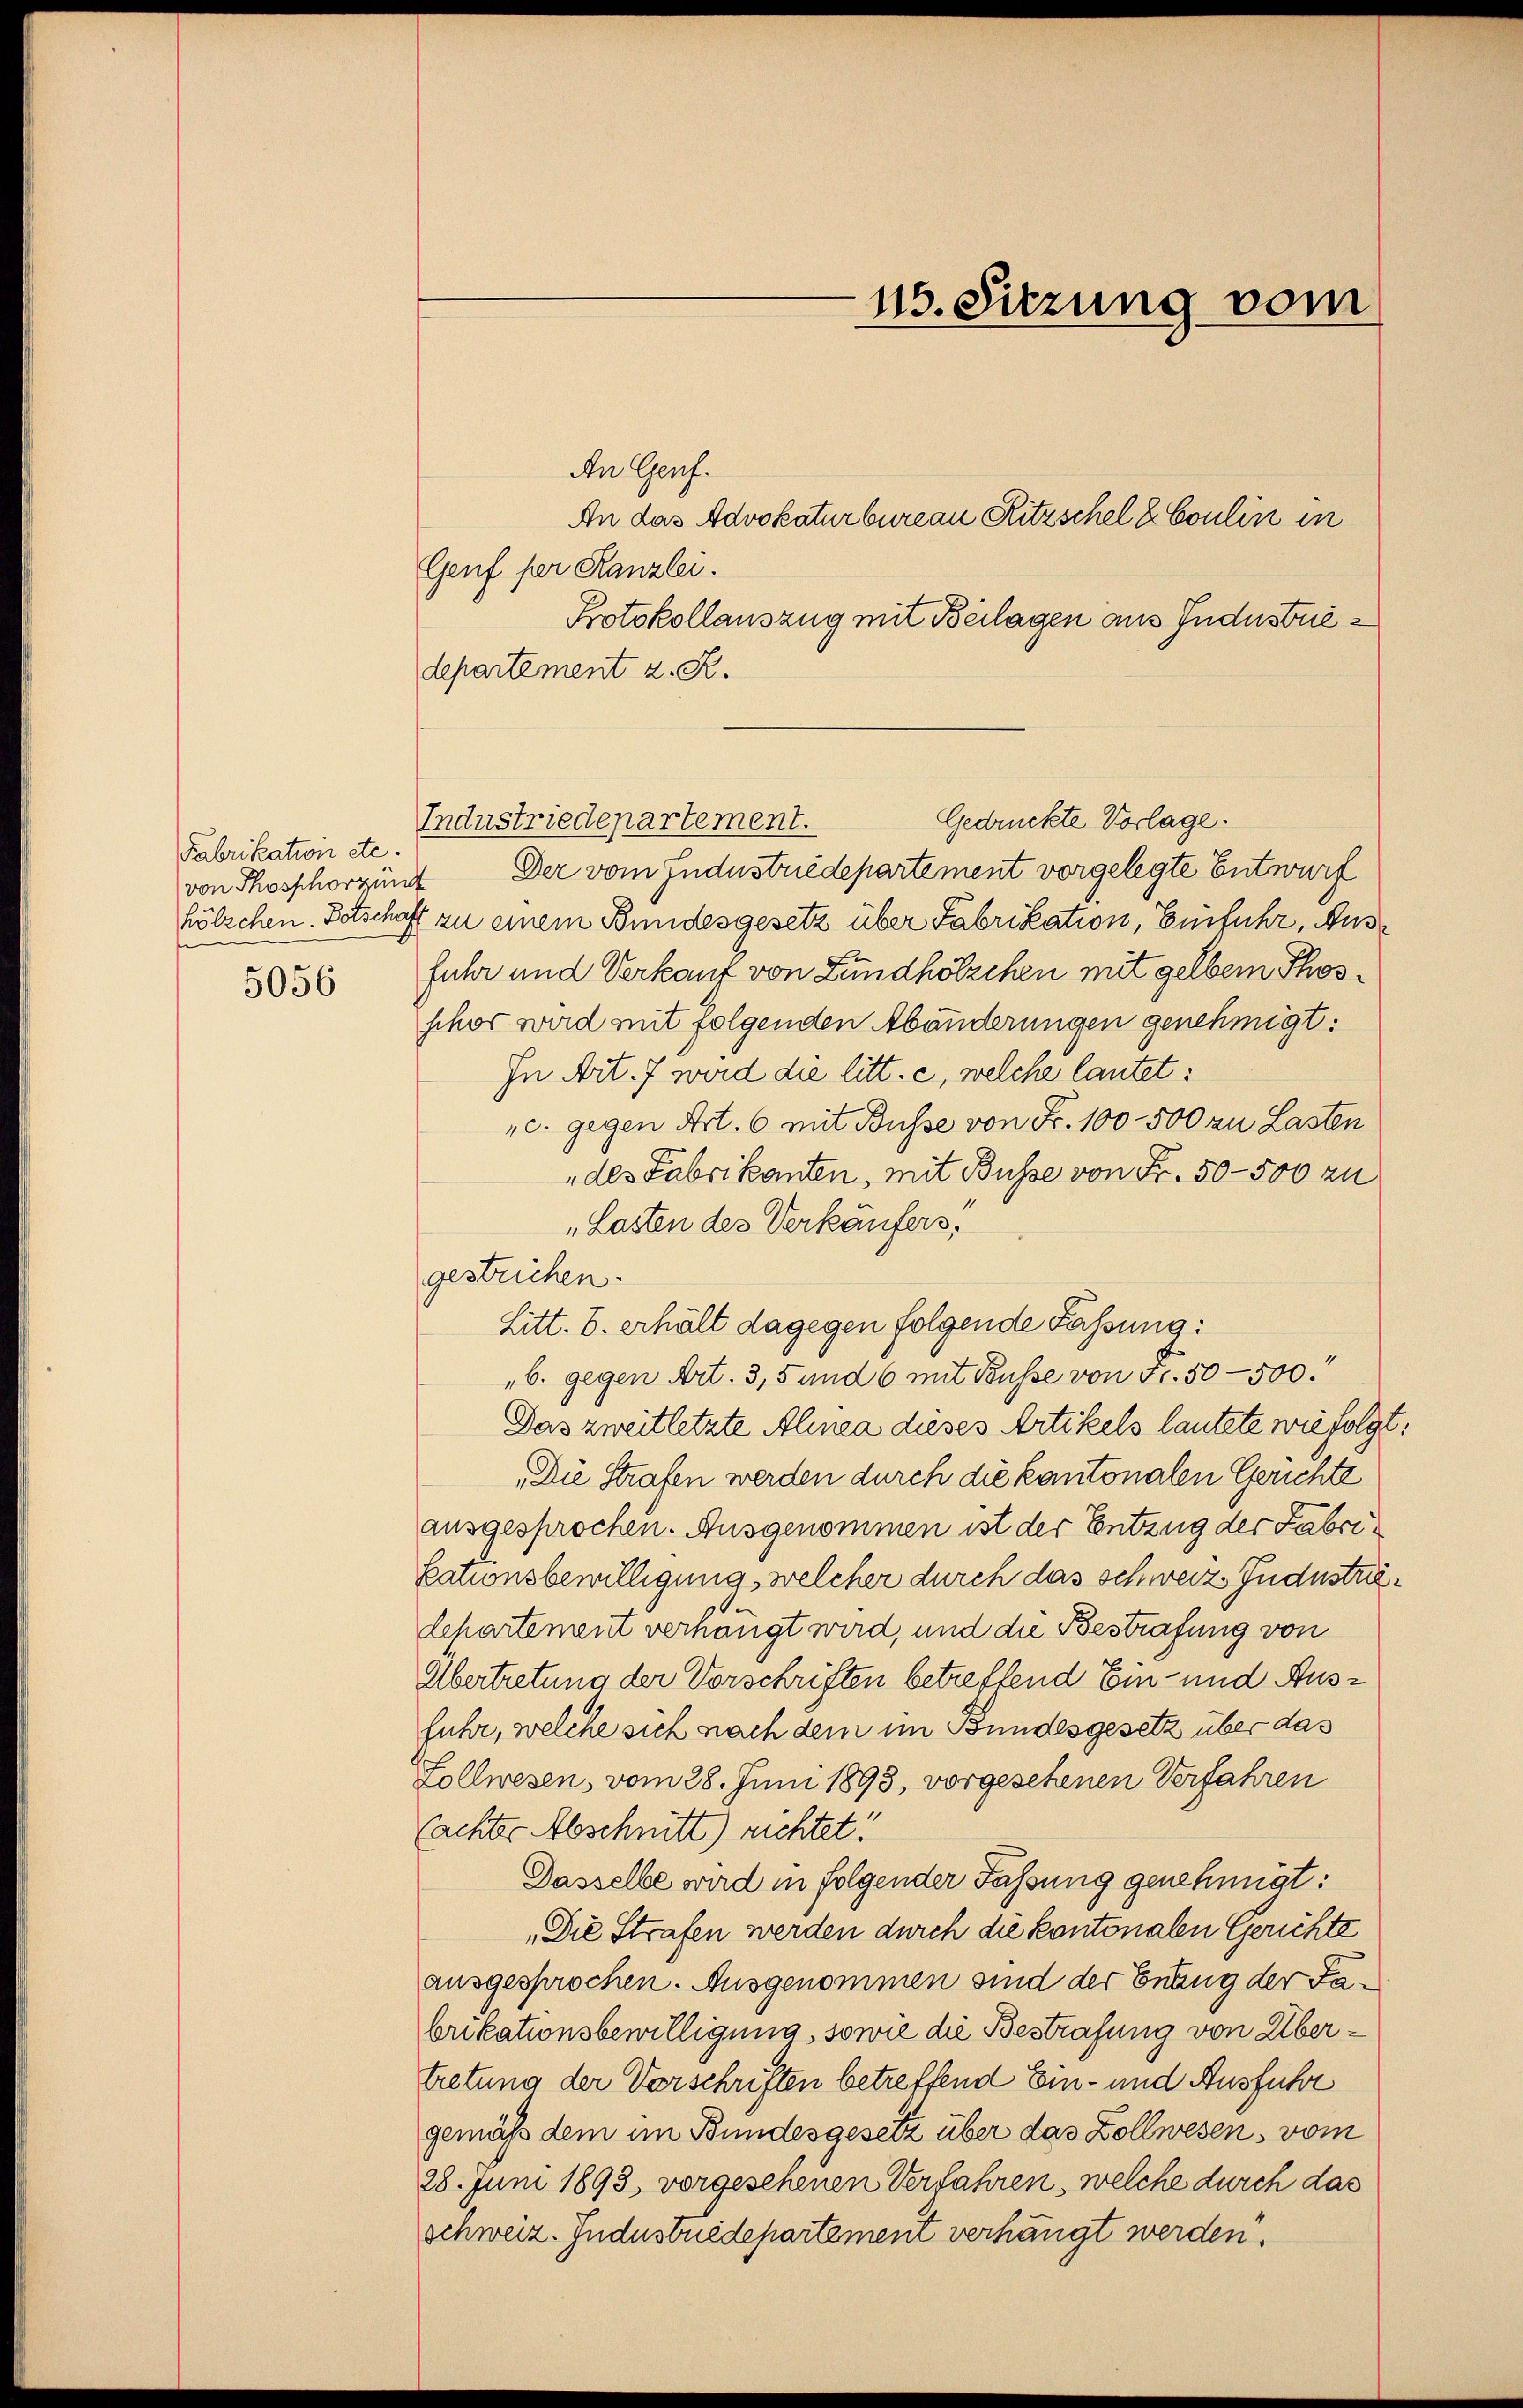
Fabrikation etc.
von Phosphorzung
5056

An Genf.
Genf per Kanzlei.
Protokollauszug mit Beilagen aus Jndustriedepartement z. R.
Gedrückte Vorlage.
Der vom Industriedepartement vorgelegte Entwurf
hölzchen Botschaft zu einem Bundesgesetz über Fabrikation, Einfuhr, Ausfuhr und Verkauf von Lundhölzchen mit gelben Phosschor wird mit folgenden Abänderungen genehmigt:
In Art. 7 wird die litt. e, welche lautet:
„c. gegen Art. 6 mit Busse von Fr. 100 - 500 zu Lasten
„des Fabrikanten, mit Busse von Fr. 50—500 zu
"Lasten des Verkäufers,
gestrichen.
Litt. b. erhält dagegen folgende Fassung:
b. gegen Art. 3, 5 und 6 mit Busse von Fr. 50—500.
Das zweitletzte Alinea dieses Artikels lautete wie folgt:
(Die Strafen werden durch die kantonalen Gerichte
ausgesprochen. Ausgenommen ist der Entzug der Fabrisationsbewilligung, welcher durch das schweiz Jndustrie¬
.
departement verhängt wird, und die Bestrafung von
Übertretung der Vorschriften betreffend Ein- und Ausfuhr, welche sich nach dem im Bundesgesetz über das
Zollwesen, vom 28. Juni 1893, vorgesehenen Verfahren
Cachter Abschnitt) richtet:
Dasselbe wird in folgender Fassung genehmigt:
„Die Strafen werden durch die kantonalen Gerichte
ausgesprochen. Ausgenommen sind der Enung der Fabrikationsbewilligung, sowie die Bestrafung von Übertretung der Vorschriften betreffend Ein- und Ausführ
gemäß dem im Bundesgesetz über das Zollwesens vom
28. Juni 1893, vorgesehenen Verfahren, welche durch das
schweiz. Jndustredepartement verhängt werden.

Industriedepartement.

115. Sitzung vom

An das Advokaturbureau Ritzschel & Coulin in